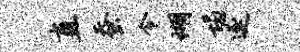
直蚕令瑚塌逐